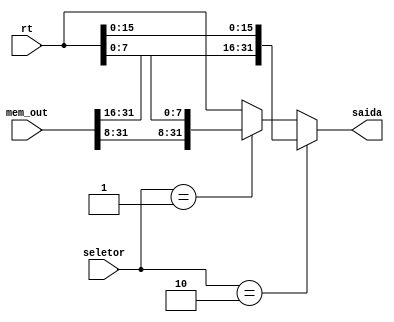
module storesize(
  input wire [1:0] seletor,
  input wire [31:0] rt,
  input wire [31:0] mem_out,
  output wire [31:0] saida
);
wire [31:0] W1;

assign W1 = (seletor == 2'b01) ? {mem_out[31:8],rt[7:0] } : rt;
assign saida = (seletor == 2'b10) ? {mem_out[31:16],rt[15:0] } : W1;
endmodule